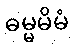
ဓမ္မမိမံ